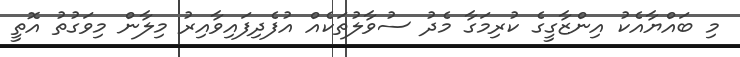
މި ބައްޔާއެކު އިންޒާގީގެ ކުރިމަގާ މެދު ސުވާލުތަކެއް އުފެދިފައިވާއިރު މިލާން މިވަގުތު އޮތީ